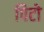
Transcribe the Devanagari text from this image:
पिटो